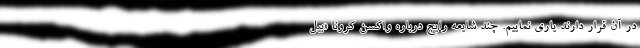
در آن قرار دارند یاری نماییم. چند شایعه رایج درباره واکسن کرونا «بیل